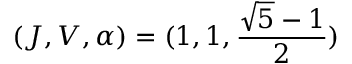
( J , V , \alpha ) = ( 1 , 1 , \frac { \sqrt { 5 } - 1 } { 2 } )